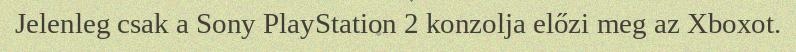
Jelenleg csak a Sony PlayStation 2 konzolja előzi meg az Xboxot.